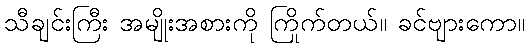
သီချင်းကြီး အမျိုးအစားကို ကြိုက်တယ်။ ခင်ဗျားကော။